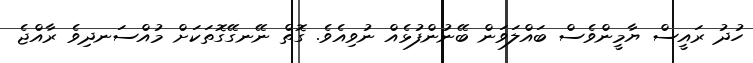
ހުދު ރައީސް ޔާމީންވެސް ބައްލަވަން ބޭނުންފުޅެއް ނުވިއެވެ. ގޮތް ނޭނގޭގޮތަކަށް މުއްސަނދިވެ ރާއްޖެ